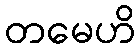
တမေဟိ